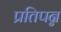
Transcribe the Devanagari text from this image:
प्रतिपन्न